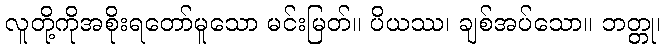
လူတို့ကိုအစိုးရတော်မူသော မင်းမြတ်။ ပိယဿ၊ ချစ်အပ်သော။ ဘတ္တု၊